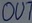
Text: OUT